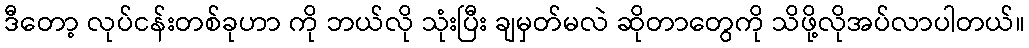
ဒီတော့ လုပ်ငန်းတစ်ခုဟာ ကို ဘယ်လို သုံးပြီး ချမှတ်မလဲ ဆိုတာတွေကို သိဖို့လိုအပ်လာပါတယ်။